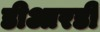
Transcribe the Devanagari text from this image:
डीआरडी